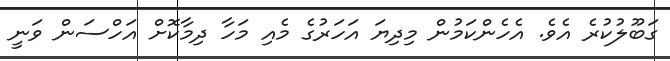
ގަބޫލުކުރެ އެވެ. އެހެންކަމުން މިދިޔަ އަހަރުގެ މެއި މަހާ ދިމާކޮށް އަހްސަން ވަނީ